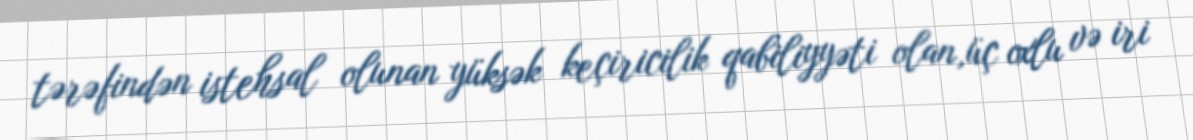
tərəfindən istehsal olunan yüksək keçiricilik qabiliyyəti olan,üç oxlu və iri